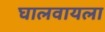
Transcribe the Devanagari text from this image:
घालवायला